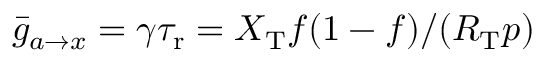
\bar { g } _ { a \to x } = \gamma { \tau _ { \mathrm { r } } } = X _ { \mathrm { T } } f ( 1 - f ) / ( R _ { \mathrm { T } } p )